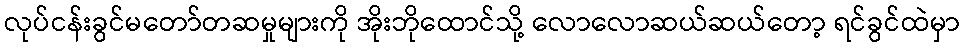
လုပ်ငန်းခွင်မတော်တဆမှုများကို အိုးဘိုထောင်သို့ လောလောဆယ်ဆယ်တော့ ရင်ခွင်ထဲမှာ